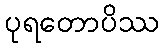
ပုရတောပိဿ